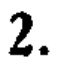
2